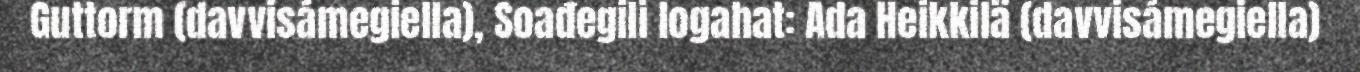
Guttorm (davvisámegiella), Soađegili logahat: Ada Heikkilä (davvisámegiella)